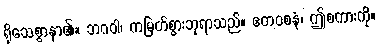
ရိုသေစွာနာ၏။ ဘဂဝါ၊ ကမြတ်စွားဘုရာသည်။ ဧတဝစနံ၊ ဤစကားကို။